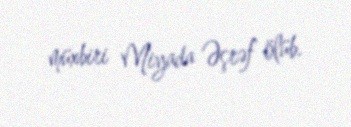
müxbiri Miyada Əşrəf ölüb.